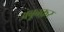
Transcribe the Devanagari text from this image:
अबूबक़र